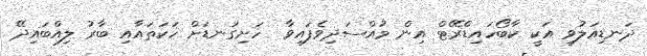
ދަނޑިއަލުވި އަކީ ކާބޯހައިޑްރޭޓް އިން މުއްސަދިވެފައިވާ  ހަށިގަނޑަށް ހަކަތައާއި ބާރު ލިއްބައިދޭ